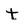
Character: t